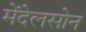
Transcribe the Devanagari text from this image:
मेंदेलसोन